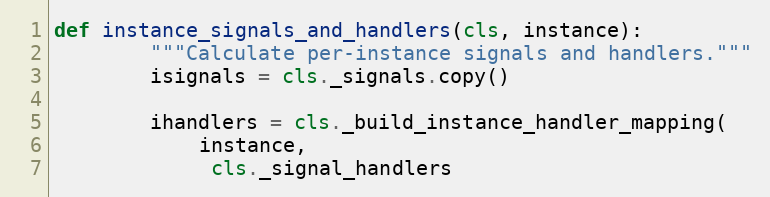
Language: Python
def instance_signals_and_handlers(cls, instance):
        """Calculate per-instance signals and handlers."""
        isignals = cls._signals.copy()

        ihandlers = cls._build_instance_handler_mapping(
            instance,
             cls._signal_handlers